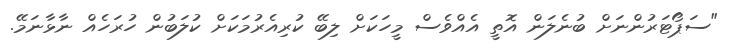
"ސަޕޯޓަރުންނަށް ބުނެލަން އޮތީ އެއްވެސް މީހަކަށް ލިބޭ ކުރިއެރުމަކަށް ކުލަބުން ހުރަހެއް ނާޅާނަމޭ.